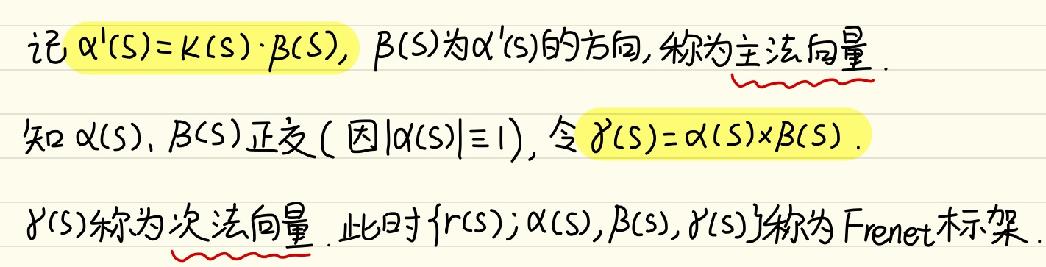
记 $\alpha'(s) = \kappa(s)\cdot\beta(s)$，$\beta(s)$为$\alpha'(s)$的方向，称为主法向量.
知 $\alpha(s)$，$\beta(s)$正交（因$|\alpha(s)|\equiv 1$），令 $\gamma(s)=\alpha(s)\times\beta(s)$.
$\gamma(s)$称为次法向量. 此时$\{r(s);\alpha(s),\beta(s),\gamma(s)\}$称为Frenet标架.